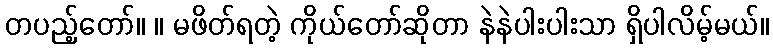
တပည့်တော်။ ။ မဖိတ်ရတဲ့ ကိုယ်တော်ဆိုတာ နဲနဲပါးပါးသာ ရှိပါလိမ့်မယ်။